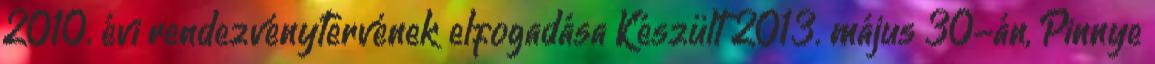
2010. évi rendezvénytervének elfogadása Készült 2013. május 30-án, Pinnye